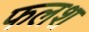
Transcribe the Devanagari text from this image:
फलश